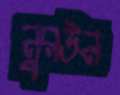
নুরউন